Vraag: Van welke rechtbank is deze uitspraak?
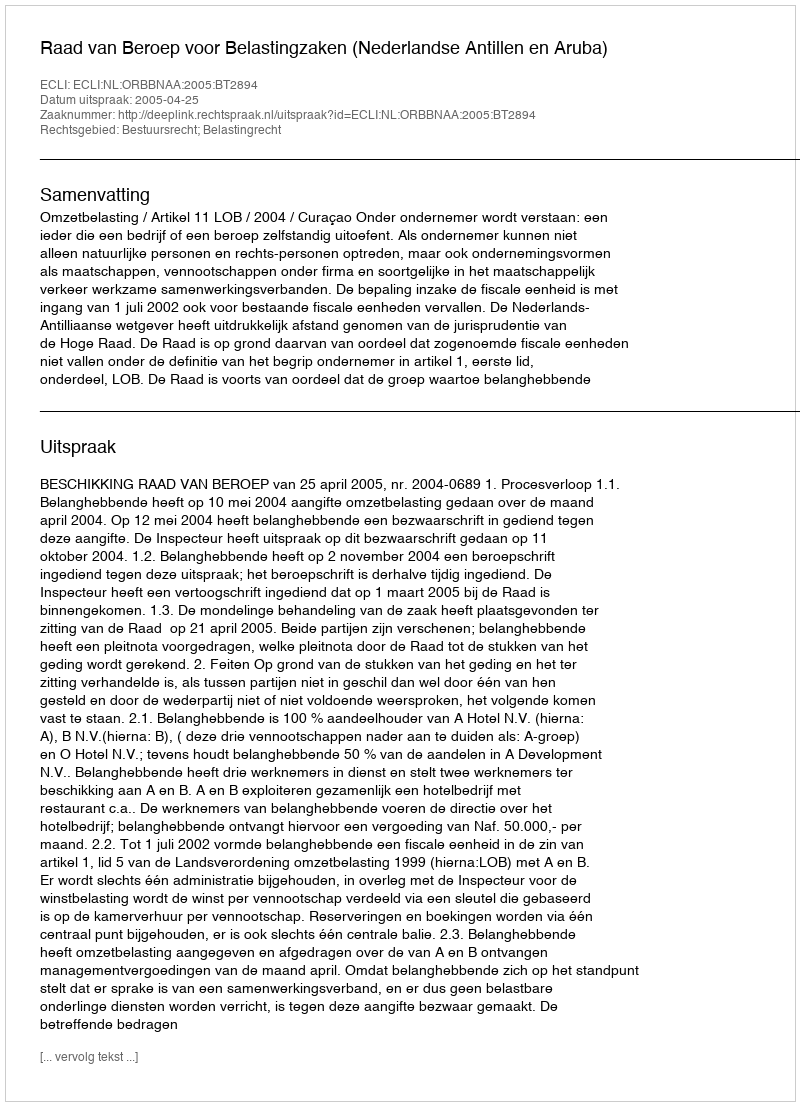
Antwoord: Raad van Beroep voor Belastingzaken (Nederlandse Antillen en Aruba)